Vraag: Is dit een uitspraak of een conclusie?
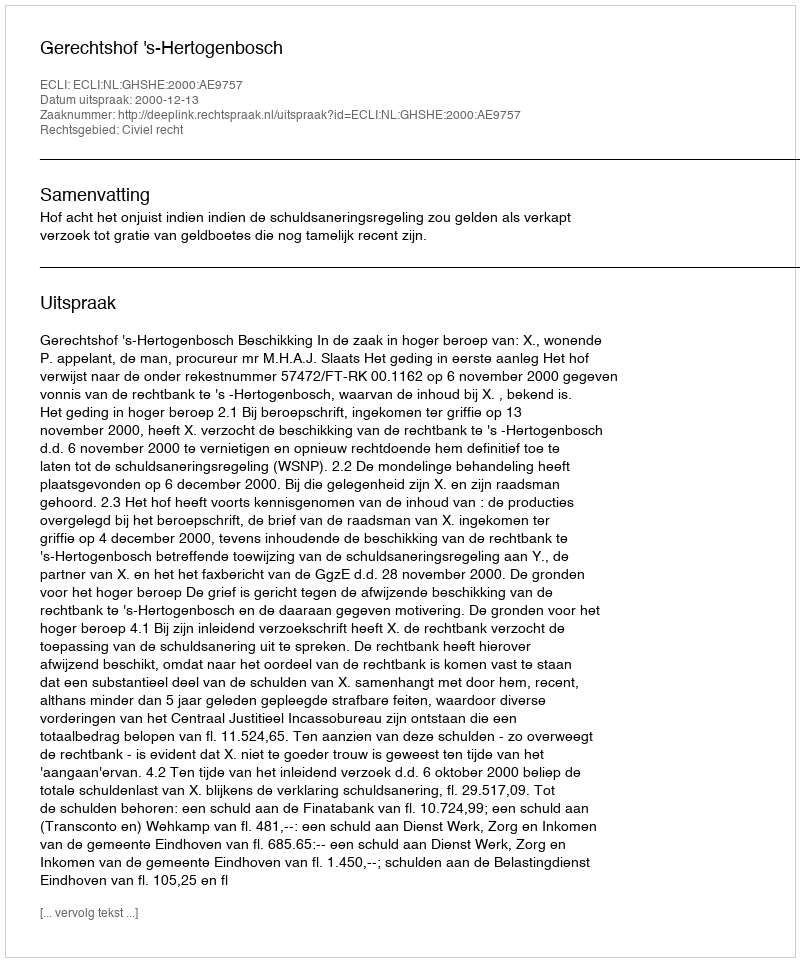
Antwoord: Uitspraak